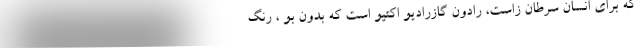
که برای انسان سرطان زاست، رادون گازرادیو اکتیو است که بدون بو ، رنگ